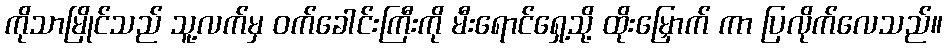
ကိုသာမြိုင်သည် သူ့လက်မှ ဝက်ခေါင်းကြီးကို မီးရောင်ရှေ့သို့ ထိုးမြှောက် ကာ ပြလိုက်လေသည်။